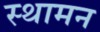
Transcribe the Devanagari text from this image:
स्थामन